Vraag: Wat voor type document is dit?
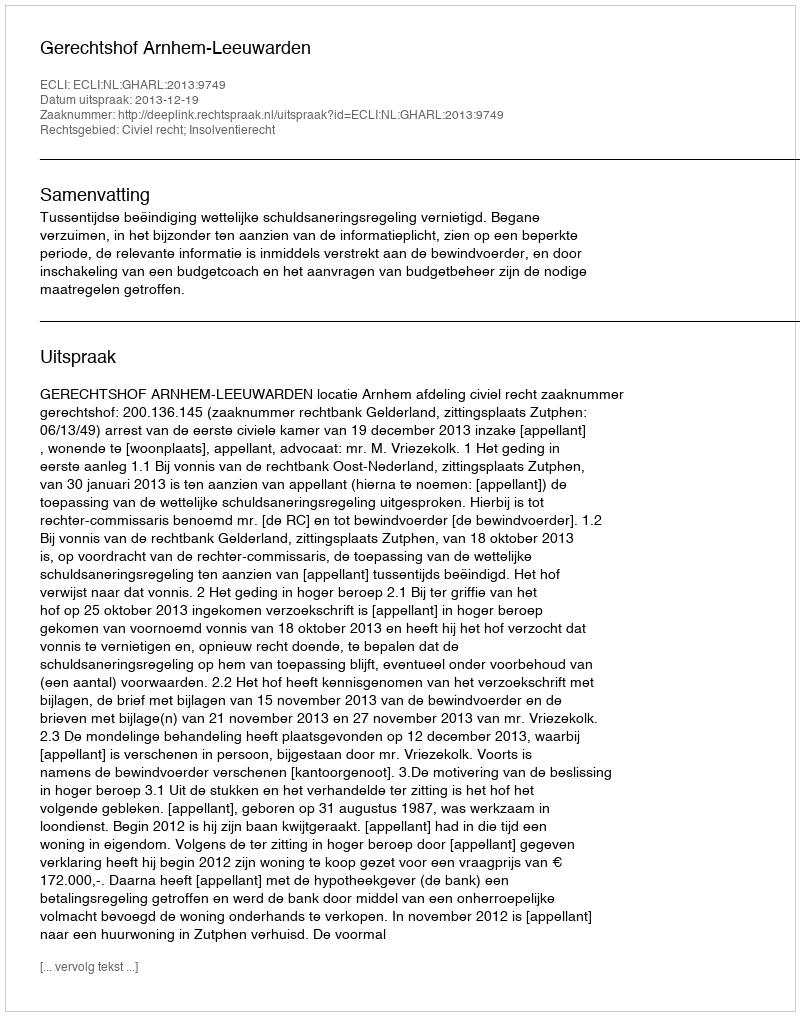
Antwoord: Uitspraak